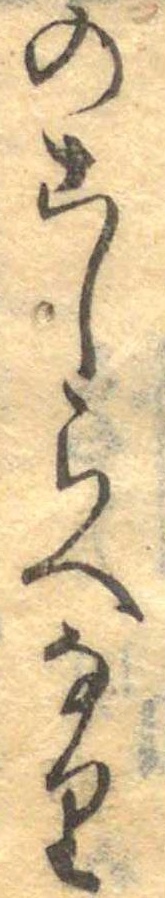
のこしらへなり